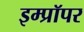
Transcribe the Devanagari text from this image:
इम्प्रॉपर